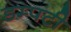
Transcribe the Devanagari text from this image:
डम्पटी